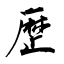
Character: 歴